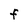
Character: F